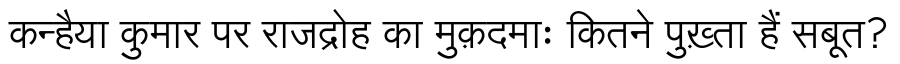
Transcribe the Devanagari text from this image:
कन्हैया कुमार पर राजद्रोह का मुक़दमाः कितने पुख़्ता हैं सबूत?